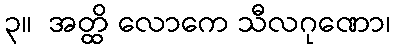
၃။  အတ္ထိ လောကေ သီလဂုဏော၊